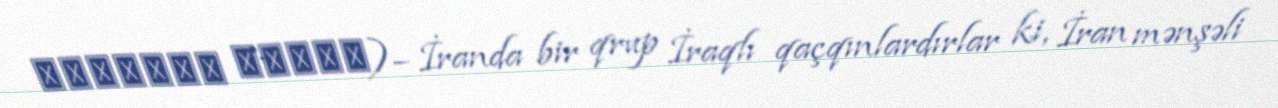
معاودین عراقی)– İranda bir qrup İraqlı qaçqınlardırlar ki, İran mənşəli